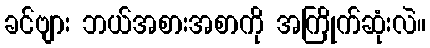
ခင်ဗျား ဘယ်အစားအစာကို အကြိုက်ဆုံးလဲ။